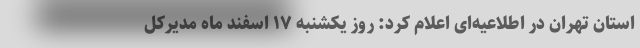
استان تهران در اطلاعیه‌ای اعلام کرد: روز یکشنبه ۱۷ اسفند ماه مدیرکل